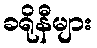
ခရိုနီများ